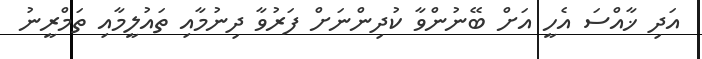
އަދި ޚާއްސަ އެހީ އަށް ބޭނުންވާ ކުދިންނަށް ފަރުވާ ދިނުމާއި ތައުލީމާއި ތަމްރީނު